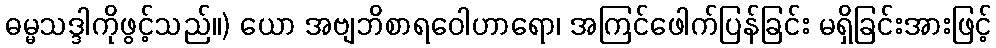
ဓမ္မသဒ္ဒါကိုဖွင့်သည်။) ယော အဗျဘိစာရဝေါဟာရော၊ အကြင်ဖေါက်ပြန်ခြင်း မရှိခြင်းအားဖြင့်